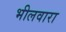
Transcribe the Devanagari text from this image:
भीलवारा